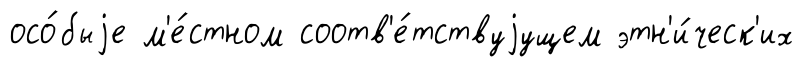
осо́быjе м'е́стном соотв'е́тствуjущем этн'и́ческ'их